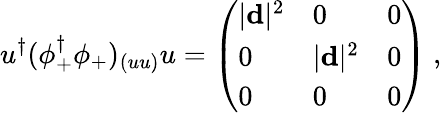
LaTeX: u^{\dagger}(\phi_{+}^{\dagger}\phi_{+})_{(uu)}u=\left(\begin{array}{lll}{{|{\mathbf d}|^{2}}}&{{0}}&{{0}}\\ {{0}}&{{|{\mathbf d}|^{2}}}&{{0}}\\ {{0}}&{{0}}&{{0}}\end{array}\right)\ ,